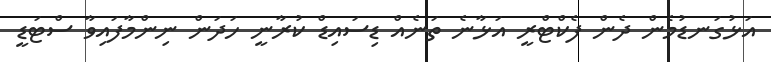
އަޅުގަނޑުމެން ދެން ފެކްޓްރީ އަޅާނެ ތަނެއް ޑިސައިޑް ކުރާނީ ހަދަން ނިންމާފައިވާ ސްޓަޑީ